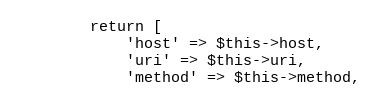
Language: PHP
        return [
            'host' => $this->host,
            'uri' => $this->uri,
            'method' => $this->method,